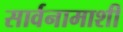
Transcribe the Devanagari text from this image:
सार्वनामाशी